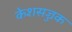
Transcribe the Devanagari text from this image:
केशसज्जक